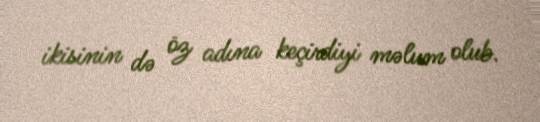
ikisinin də öz adına keçirdiyi məlum olub.